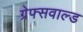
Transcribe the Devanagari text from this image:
ग्रेफ्सवाल्ड